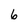
Character: 6